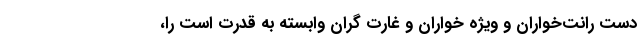
دست رانت‌خواران و ویژه خواران و غارت گران وابسته به قدرت است را،